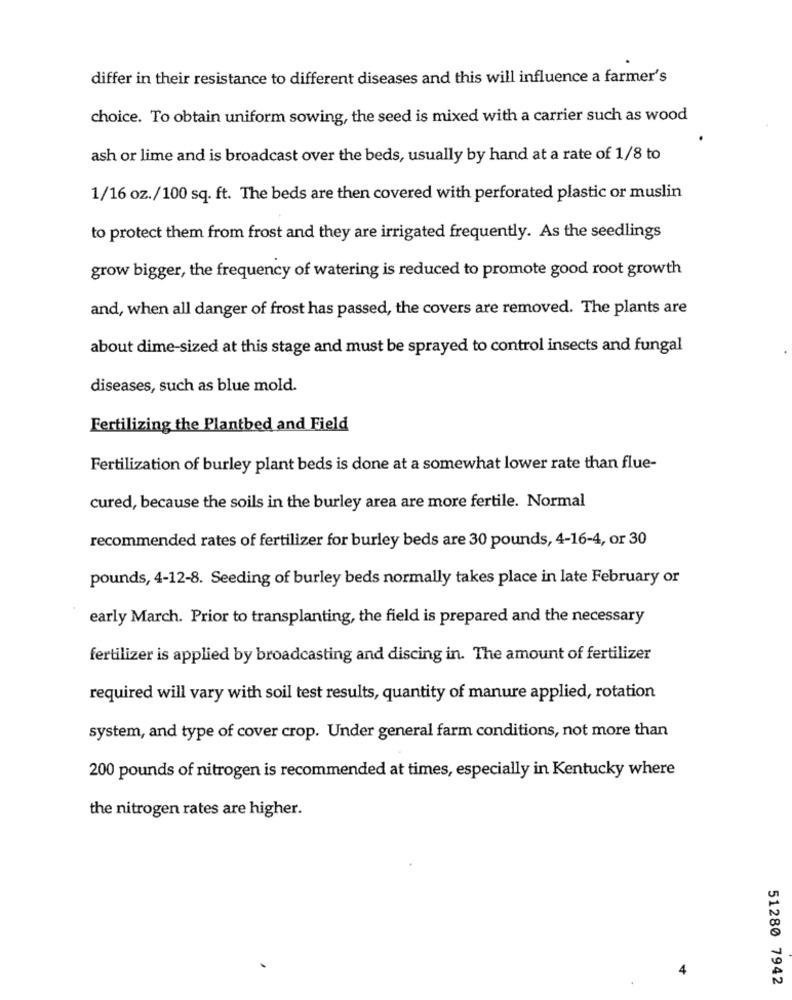
differ in their resistance to different diseases and this will influence a farmer's
choice. To obtain uniform sowing, the seed is mixed with a carrier such as wood
ash or lime and is broadcast over the beds, usually by hand at a rate of 1/8 to
1/16 oz./100 sq. ft. The beds are then covered with perforated plastic or muslin
to protect them from frost and they are irrigated frequently. As the seedlings
grow bigger, the frequency of watering is reduced to promote good root growth
and, when all danger of frost has passed, the covers are removed. The plants are
about dime-sized at this stage and must be sprayed to control insects and fungal
diseases, such as blue mold.
Fertilizing the Plantbed and Field
Fertilization of burley plant beds is done at a somewhat lower rate than flue-
cured, because the soils in the burley area are more fertile. Normal
recommended rates of fertilizer for burley beds are 30 pounds, 4-16-4, or 30
pounds, 4-12-8. Seeding of burley beds normally takes place in late February or
early March. Prior to transplanting, the field is prepared and the necessary
fertilizer is applied by broadcasting and discing in. The amount of fertilizer
required will vary with soil test results, quantity of manure applied, rotation
system, and type of cover crop. Under general farm conditions, not more than
200 pounds of nitrogen is recommended at times, especially in Kentucky where
the nitrogen rates are higher.
4
51280 7942